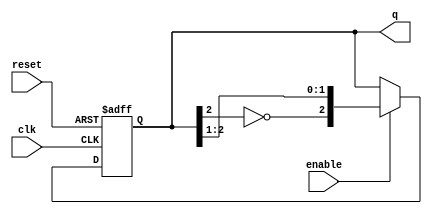
module johnson_counter (
    input wire clk,           // Clock signal
    input wire reset,         // Asynchronous reset
    input wire enable,        // Enable signal
    output reg [2:0] q        // 3-bit output representing the counter state
);

// On every clock cycle, check for reset or enable condition
always @(posedge clk or posedge reset) begin
    if (reset) begin
        // Reset the counter to 000
        q <= 3'b000;
    end else if (enable) begin
        // Johnson counter logic
        q <= { ~q[2], q[2:1] }; // Shift with feedback inverted from last flip-flop
    end
end

endmodule